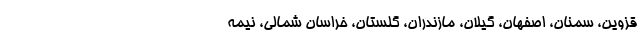
قزوین، سمنان، اصفهان، گیلان، مازندران، گلستان، خراسان شمالی، نیمه